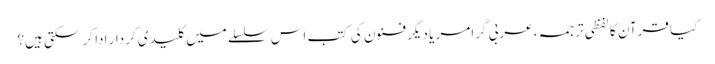
کیا قرآن کا لفظی ترجمہ، عربی گرامر یا دیگر فنون کی کتب اس سلسلے میں کلیدی کردار ادا کر سکتی ہیں؟